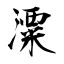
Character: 潥